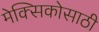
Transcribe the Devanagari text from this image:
मेक्सिकोसाठी